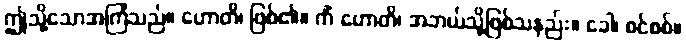
ဤသို့သောအကြံသည်။ ဟောတိ၊ ဖြစ်၏။ ကိံ ဟောတိ၊ အဘယ်သို့ဖြစ်သနည်း။ ခေါ၊ စင်စစ်။